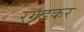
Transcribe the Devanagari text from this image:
रगडकर